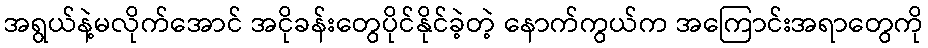
အရွယ်နဲ့မလိုက်အောင် အငိုခန်းတွေပိုင်နိုင်ခဲ့တဲ့ နောက်ကွယ်က အကြောင်းအရာတွေကို